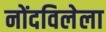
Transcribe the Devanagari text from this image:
नोंदविलेला